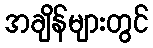
အချိန်များတွင်